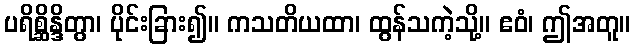
ပရိစ္ဆိန္ဒိတွာ၊ ပိုင်းခြား၍။ ကသတိယထာ၊ ထွန်သကဲ့သို့။ ဧဝံ၊ ဤအတူ။